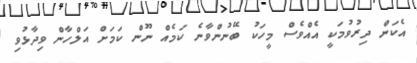
އެކަން ދިރުވުމަކީ އެއްވެސް މީހަކު ބޭނުންވާނެ ކަމެއް ނޫން ކަމަށް އަލްހާން ވިދާޅުވި